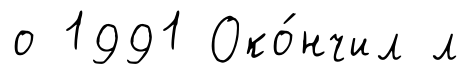
о 1991 Око́нчил л